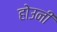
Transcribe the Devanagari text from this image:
होउनी